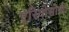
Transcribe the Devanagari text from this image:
एरियोसोफी